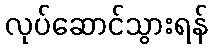
လုပ်ဆောင်သွားရန်